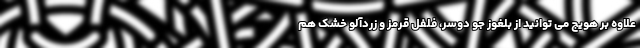
علاوه بر هویج می توانید از بلغوز جو دوسر، فلفل قرمز و زردآلو خشک هم